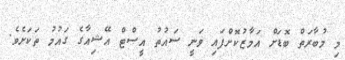
މި މުބާރަތް ބޮޑަށް އަމާޒުކޮށްފައި ވަނީ ސައުތު އީސްޓް އޭޝިއާގެ ގައުމު ތަކަށެވެ.